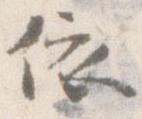
依